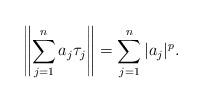
LaTeX: \begin{align*}\left\|\sum_{j=1}^na_j\tau_j \right\|=\sum_{j=1}^n|a_j|^p.\end{align*}